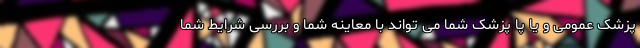
پزشک عمومی و یا پا پزشک شما می تواند با معاینه شما و بررسی شرایط شما